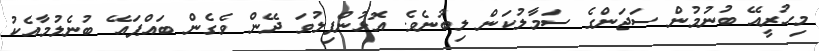
މިހުރީއޭ ބުނުމުން ސަޖަންގެ ސަމާލުކަން ލިބުނެވެ. އޮޅުންފިލުވަ ދޭން ވެގެން ބައްޕައޭ ބުނެލުމާއެކު